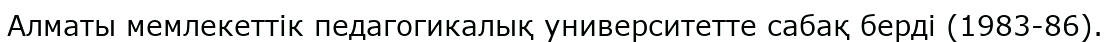
Алматы мемлекеттік педагогикалық университетте сабақ берді (1983-86).